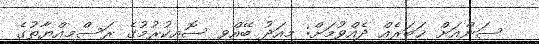
ސަންއަށް ޚަބަރެއް ދެއްވުމަށް: މިއަދު ބޭއްވި ސޮއިކުރުމުގެ ރަސްމިއްޔާތުގެ